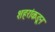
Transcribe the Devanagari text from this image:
शहरांकडून